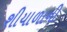
શીયાળાની